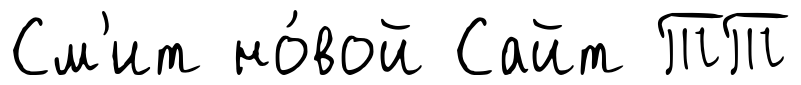
См'ит но́вой Сайт ТТ